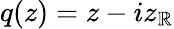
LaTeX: q(z)=z-iz_{\mathbb{R}}